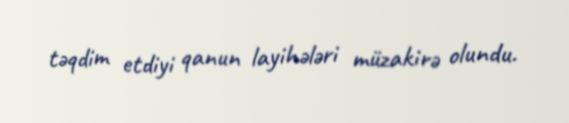
təqdim etdiyi qanun layihələri müzakirə olundu.